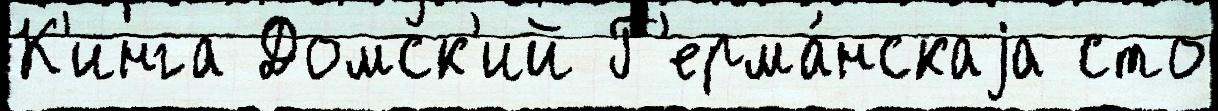
К'инга Домск'ий Г'ерма́нскаjа сто